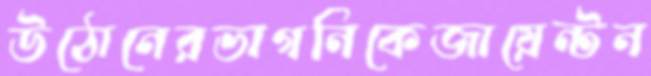
উঠোনেরভাগনিকেজায়েন্টন